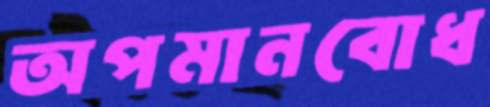
অপমানবোধ